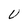
Character: U